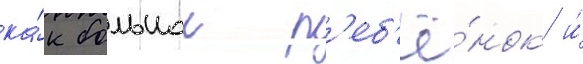
ка́к большои р'еб'ё́нок и́